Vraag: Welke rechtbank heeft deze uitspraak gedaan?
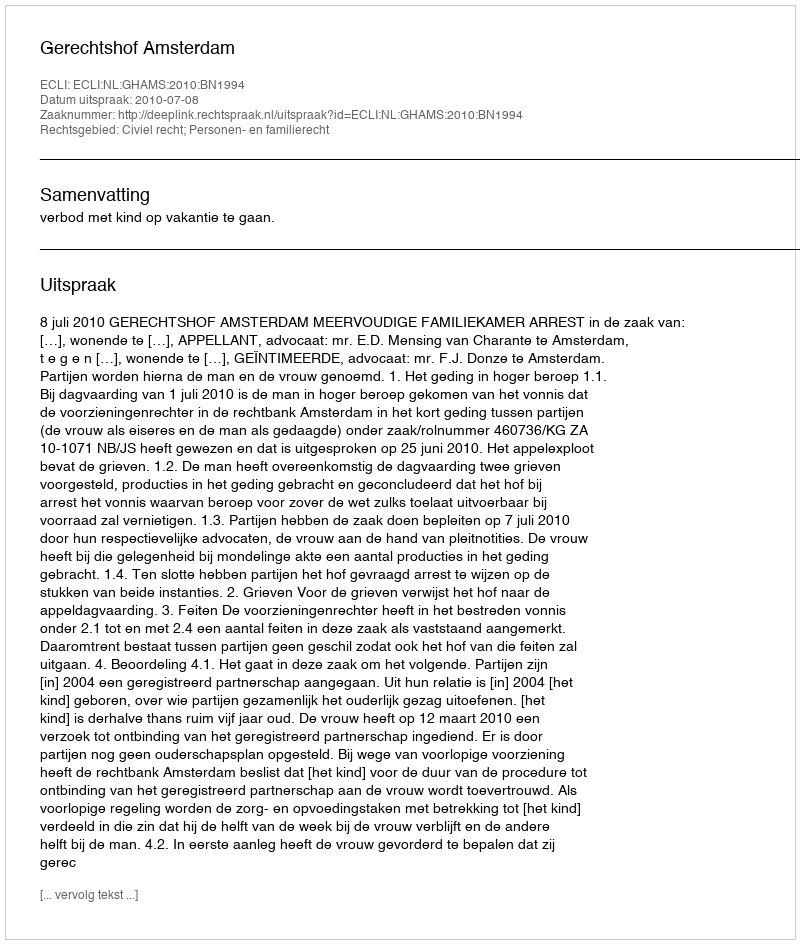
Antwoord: Gerechtshof Amsterdam